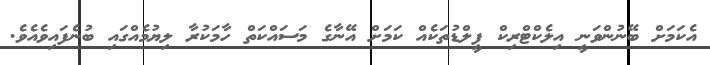
އެކަމަށް ބޭނުންވަނީ އިލެކްޓްރިކް ފީލްޑުތަކެއް ކަމަށް އޭނާގެ މަސައްކަތް ހާމަކުރާ ލިޔުމެއްގައި ބުނެފައިވެއެވެ.